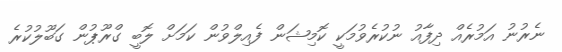
ނެރުނު އަމުރެއް ދިފާއު ނުކުރެވުމަކީ ކޮމިޝަން ފެއިލްވުން ކަމަށް ލޮބީ ގްރޫޕުން ގަބޫލުކުރެ